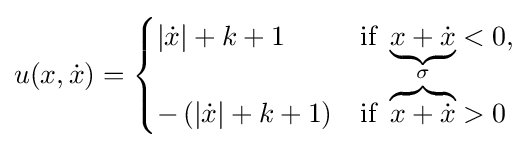
u(x,{\dot {x}})={\begin{cases}|{\dot {x}}|+k+1&{\text{if }}\underbrace {x+{\dot {x}}} <0,\\-\left(|{\dot {x}}|+k+1\right)&{\text{if }}\overbrace {x+{\dot {x}}} ^{\sigma }>0\end{cases}}